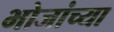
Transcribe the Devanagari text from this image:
भोजांच्या